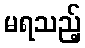
မရသည့်